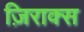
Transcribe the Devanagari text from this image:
ज़िराक्स